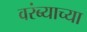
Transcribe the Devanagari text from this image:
वरंब्याच्या